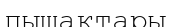
пышақтары